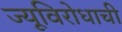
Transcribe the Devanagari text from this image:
ज्यूविरोधाची